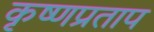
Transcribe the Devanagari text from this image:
कृष्णप्रताप